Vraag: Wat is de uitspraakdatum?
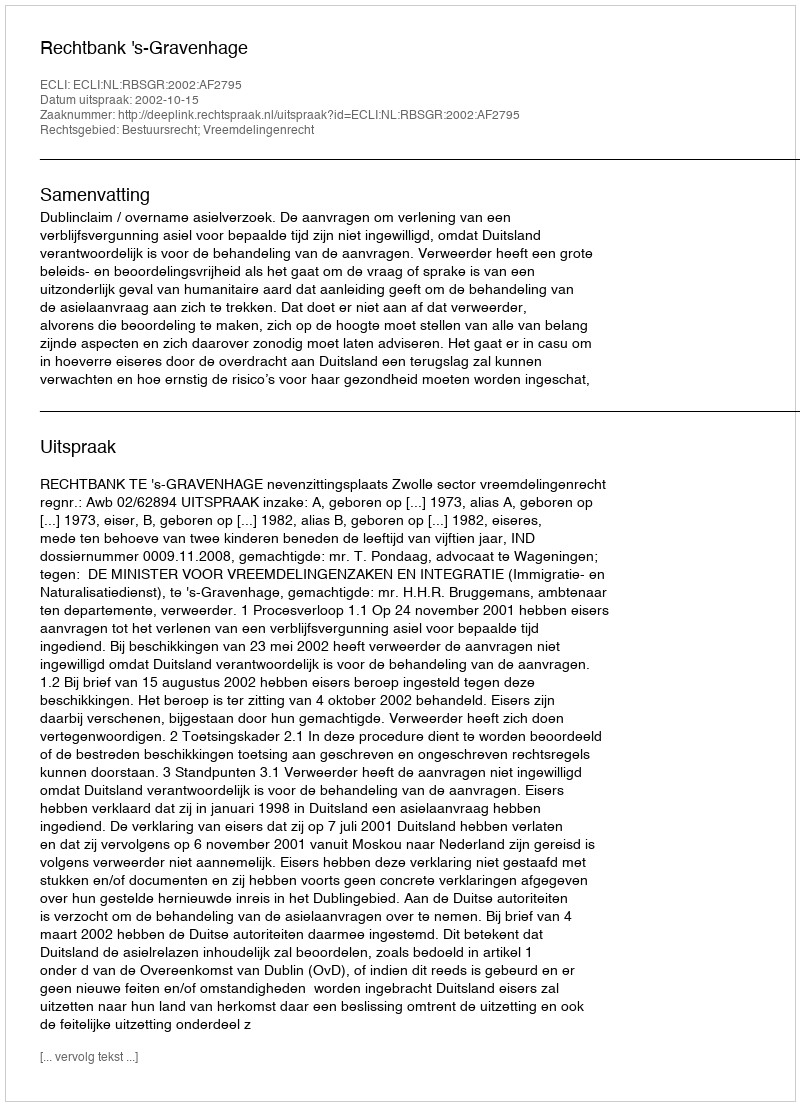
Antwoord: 2002-10-15